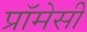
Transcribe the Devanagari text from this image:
प्रॉमेसी